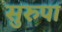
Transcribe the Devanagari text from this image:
सुरुपा